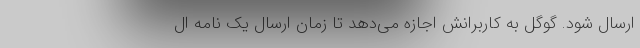
ارسال شود. گوگل به کاربرانش اجازه می‌دهد تا زمان ارسال یک نامه ال